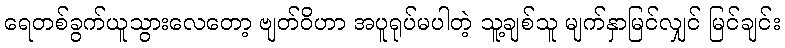
ရေတစ်ခွက်ယူသွားလေတော့ ဗျတ်ဝိဟာ အပူရုပ်မပါတဲ့ သူ့ချစ်သူ မျက်နှာမြင်လျှင် မြင်ချင်း